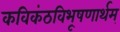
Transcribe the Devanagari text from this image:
कविकंठविभूषणार्थम्